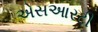
એસઆરટી